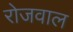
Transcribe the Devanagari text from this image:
रोजवाल